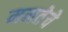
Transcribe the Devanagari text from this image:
ममतेचे